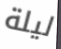
ليلة